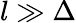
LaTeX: l\gg\Delta